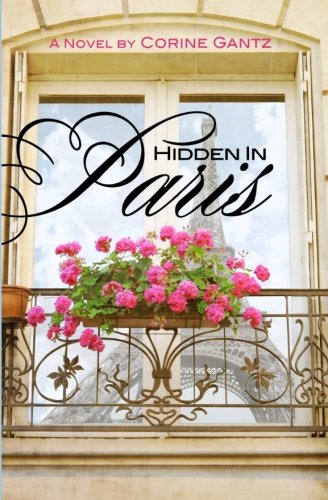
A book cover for Hidden  in Paris; Corine Gantz; Literature & Fiction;